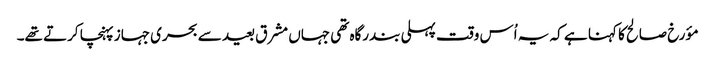
مؤرخ صالح کا کہنا ہے کہ یہ اُس وقت پہلی بندرگاہ تھی جہاں مشرق بعید سے بحری جہاز پہنچا کرتے تھے۔